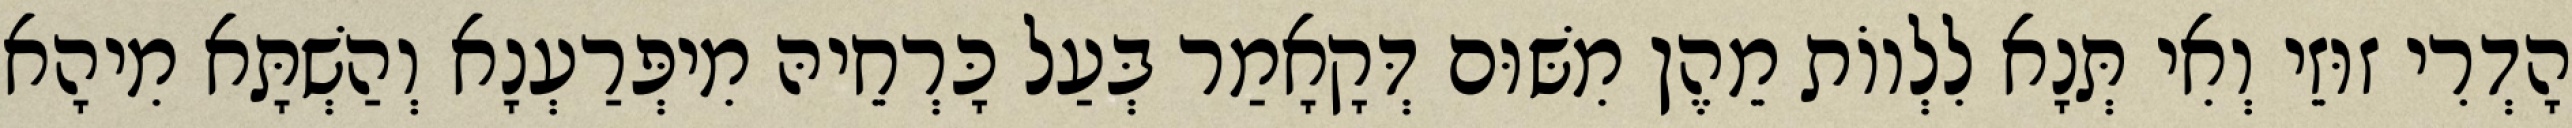
הָדְרִי זוּזֵי וְאִי תְּנָא לִלְווֹת מֵהֶן מִשּׁוּם דְּקָאָמַר בְּעַל כָּרְחֵיהּ מִיפְּרַעְנָא וְהַשְׁתָּא מִיהָא